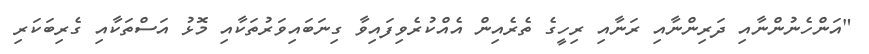
"އަންހެނުންނާއި ދަރިންނާއި ރަނާއި ރިހީގެ ތެރެއިން އެއްކުރެވިފައިވާ ގިނަބައިވަރުތަކާއި މޮޅު އަސްތަކާއި ގެރިބަކަރި